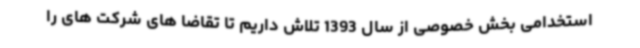
استخدامی بخش خصوصی از سال 1393 تلاش داریم تا تقاضا های شرکت های را